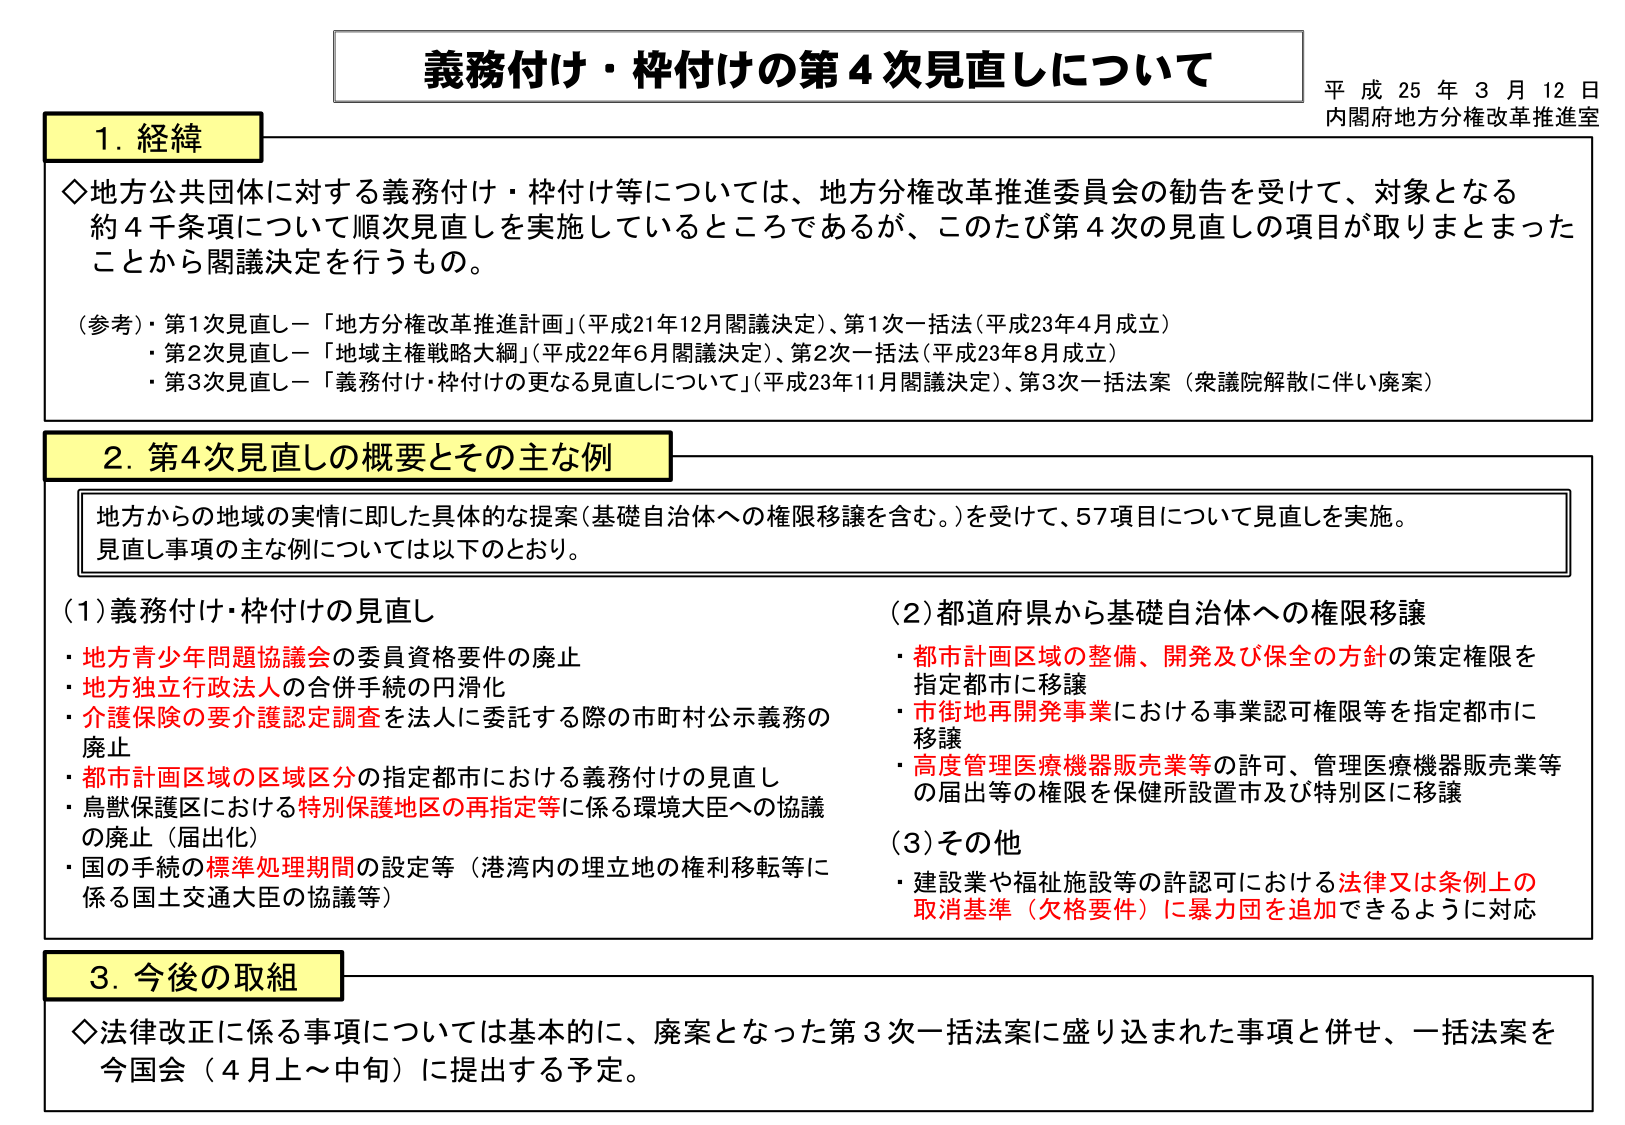
義務付け・枠付けの第4次見直しについて
平成25年3月12日
内閣府地方分権改革推進室

1. 経緯
◇地方公共団体に対する義務付け・枠付け等については、地方分権改革推進委員会の勧告を受けて、対象となる約4千条項について順次見直しを実施しているところであるが、このたび第4次の見直しの項目が取りまとめたことから閣議決定を行うもの。

（参考）・第1次見直し－「地方分権改革推進計画」（平成21年12月閣議決定）、第1次一括法（平成23年4月成立）
・第2次見直し－「地域主権戦略大綱」（平成22年6月閣議決定）、第2次一括法（平成23年8月成立）
・第3次見直し－「義務付け・枠付けの更なる見直しについて」（平成23年11月閣議決定）、第3次一括法案（衆議院解散に伴い廃案）

2. 第4次見直しの概要とその主な例
地方からの地域の実情に即した具体的な提案（基礎自治体への権限移譲を含む。）を受けて、57項目について見直しを実施。
見直し事項の主な例については以下のとおり。

（1）義務付け・枠付けの見直し
・地方青少年問題協議会の委員資格要件の廃止
・地方独立行政法人の合併手続の円滑化
・介護保険の要介護認定調査を法人に委託する際の市町村公示義務の廃止
・都市計画区域の区域区分の指定都市における義務付けの見直し
・鳥獣保護区における特別保護地区の再指定等に係る環境大臣への協議の廃止（届出化）
・国の手続の標準処理期間の設定等（港湾内の埋立地の権利移転等に係る国土交通大臣の協議等）

（2）都道府県から基礎自治体への権限移譲
・都市計画区域の整備、開発及び保全の方針の策定権限を指定都市に移譲
・市街地再開発事業における事業認可権限等を指定都市に移譲
・高度管理医療機器販売業等の許可、管理医療機器販売業等の届出等の権限を保健所設置市及び特別区に移譲

（3）その他
・建設業や福祉施設等の許認可における法律又は条例上の取消基準（欠格要件）に暴力団を追加できるように対応

3. 今後の取組
◇法律改正に係る事項については基本的に、廃案となった第3次一括法案に盛り込まれた事項と併せ、一括法案を今国会（4月上～中旬）に提出する予定。